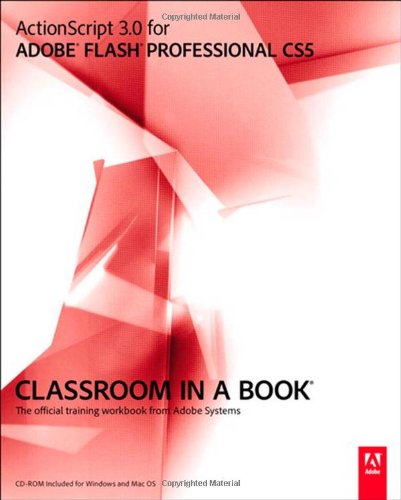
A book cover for ActionScript 3.0 for Adobe Flash Professional CS5 Classroom in a Book; Adobe Creative Team; Computers & Technology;